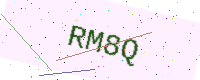
Text: RM8Q